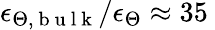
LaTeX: \epsilon_{\Theta,\mathrm{~b~u~l~k~}}/\epsilon_{\Theta}\approx 35\